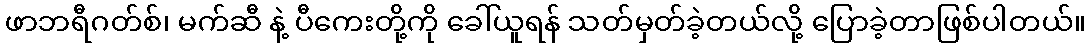
ဖာဘရီဂတ်စ်၊ မက်ဆီ နဲ့ ပီကေးတို့ကို ခေါ်ယူရန် သတ်မှတ်ခဲ့တယ်လို့ ပြောခဲ့တာဖြစ်ပါတယ်။